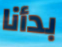
بدأنا